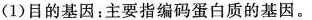
(1)目的基因；主要指编码蛋白质的基因。